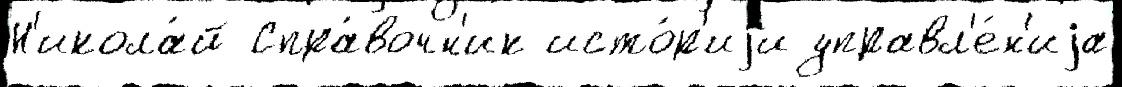
Н'икола́й Спра́вочн'ик исто́р'иjи управл'е́н'иjа